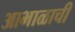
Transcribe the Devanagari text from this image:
आभाळाची